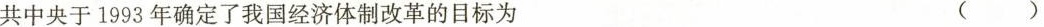
共中央于1993年确定了我国经济体制改革的目标为 ( )